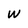
Character: W